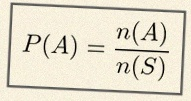
P(A)=\frac{n(A)}{n(S)}